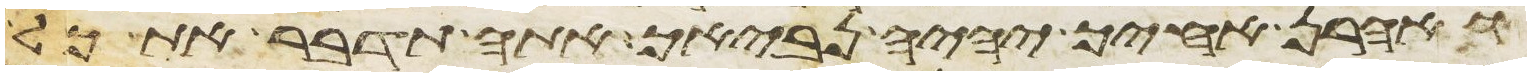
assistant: ואהרן אחיך יהיה נביאך אתה תדבר את כל